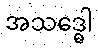
အသဒ္ဓေါ